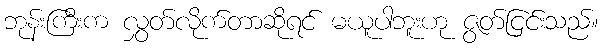
ဘုန်းကြီးက လွှတ်လိုက်တာဆိုရင် မယူပါဘူးဟု ဇွတ်ငြင်းသည်။